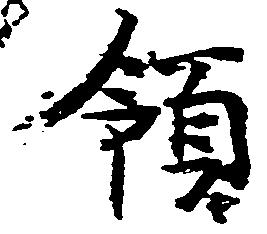
領